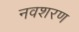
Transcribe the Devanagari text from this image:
नवशरण